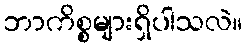
ဘာကိစ္စများရှိပါသလဲ။